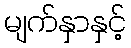
မျက်နှာနှင့်